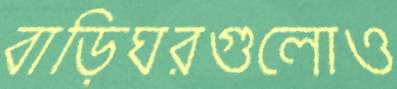
বাড়িঘরগুলোও